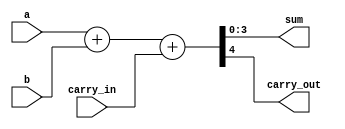

module adder_4bit_behavioral(
    input [3:0]a,
    input [3:0]b,
	input carry_in,
    output [3:0] sum,  
    output carry_out
    );
    
    // Behavioral code for an 4bit 
    assign {carry_out, sum} = a + b + carry_in;
  
endmodule

`timescale 1us/1ns
module tb_adder_4bit_behav();
  
    // Declare variables and nets for module ports
    reg [3:0] a;
    reg [3:0] b;
    reg cin;
    wire [3:0]sum;
    wire cout; 
  
    integer i, j; // used for verification
    parameter LOOP_LIMIT = 4;
  
    // Instantiate the module
    adder_4bit_behavioral ADD_4BIT(
        .a(a),
        .b(b),
        .carry_in(cin),
        .sum(sum),
        .carry_out(cout)
        );
  
    // Generate stimulus and monitor module ports
    initial begin     
        // Change the values of LOOP_LIMIT observe the effects      
        for (i=LOOP_LIMIT; i>0; i=i-1) begin
            for (j=LOOP_LIMIT; j>0; j=j-1) begin
                a = i; b = j; cin = i%2;
				#1;
				$display($time, " a=%0d, b=%0d, carry_in=%0b, sum=%0d, carry_out=%b", 
				                  a, b, cin, sum, cout);
            end
        end
		
	    #10; $stop;
    end
  
endmodule